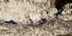
الرطبة